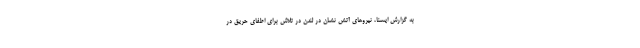
به گزارش ایسنا، نیروهای آتش نشان در لندن در تلاش برای اطفای حریق در